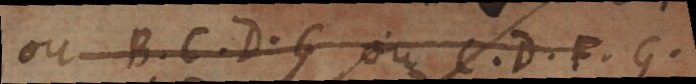
ou B, C, D, G, ou C, D, F, G,